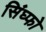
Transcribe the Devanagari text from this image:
सिंघ्फो